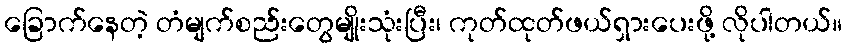
ခြောက်နေတဲ့ တံမျက်စည်းတွေမျိုးသုံးပြီး၊ ကုတ်ထုတ်ဖယ်ရှားပေးဖို့ လိုပါတယ်။